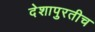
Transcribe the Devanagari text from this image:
देशापुरतीच